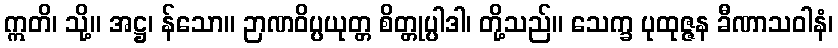
ဣတိ၊ သို့။ အဋ္ဌ၊ န်သော။ ဉာဏဝိပ္ပယုတ္တ စိတ္တုပ္ပါဒါ၊ တို့သည်။ သေက္ခ ပုထုဇ္ဇန ခီဏာသဝါနံ၊